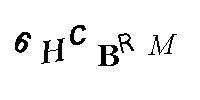
6HCBRM